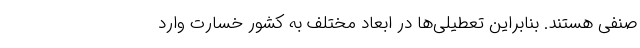
صنفی هستند. بنابراین تعطیلی‌ها در ابعاد مختلف به کشور خسارت وارد